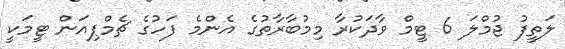
ލަތީފު ޖުމްލަ 6 ޓީމް ވާދަކުރާ މިމުބާރާތުގެ އެންމެ ފަހުގެ ޗެމްޕިއަން ޓީމަކީ